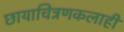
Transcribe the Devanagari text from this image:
छायाचित्रणकलाही